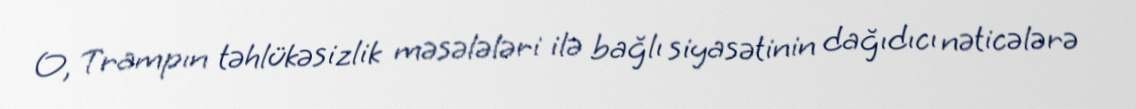
O, Trampın təhlükəsizlik məsələləri ilə bağlı siyasətinin dağıdıcı nəticələrə